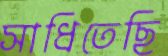
সাধিতেছি